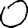
Digit: 0